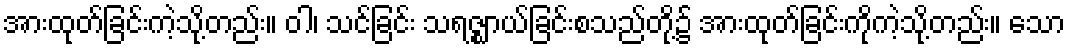
အားထုတ်ခြင်းကဲ့သို့တည်း။ ဝါ၊ သင်ခြင်း သရဇ္ဈာယ်ခြင်းစသည်တို့၌ အားထုတ်ခြင်းကိုကဲ့သို့တည်း။ သော